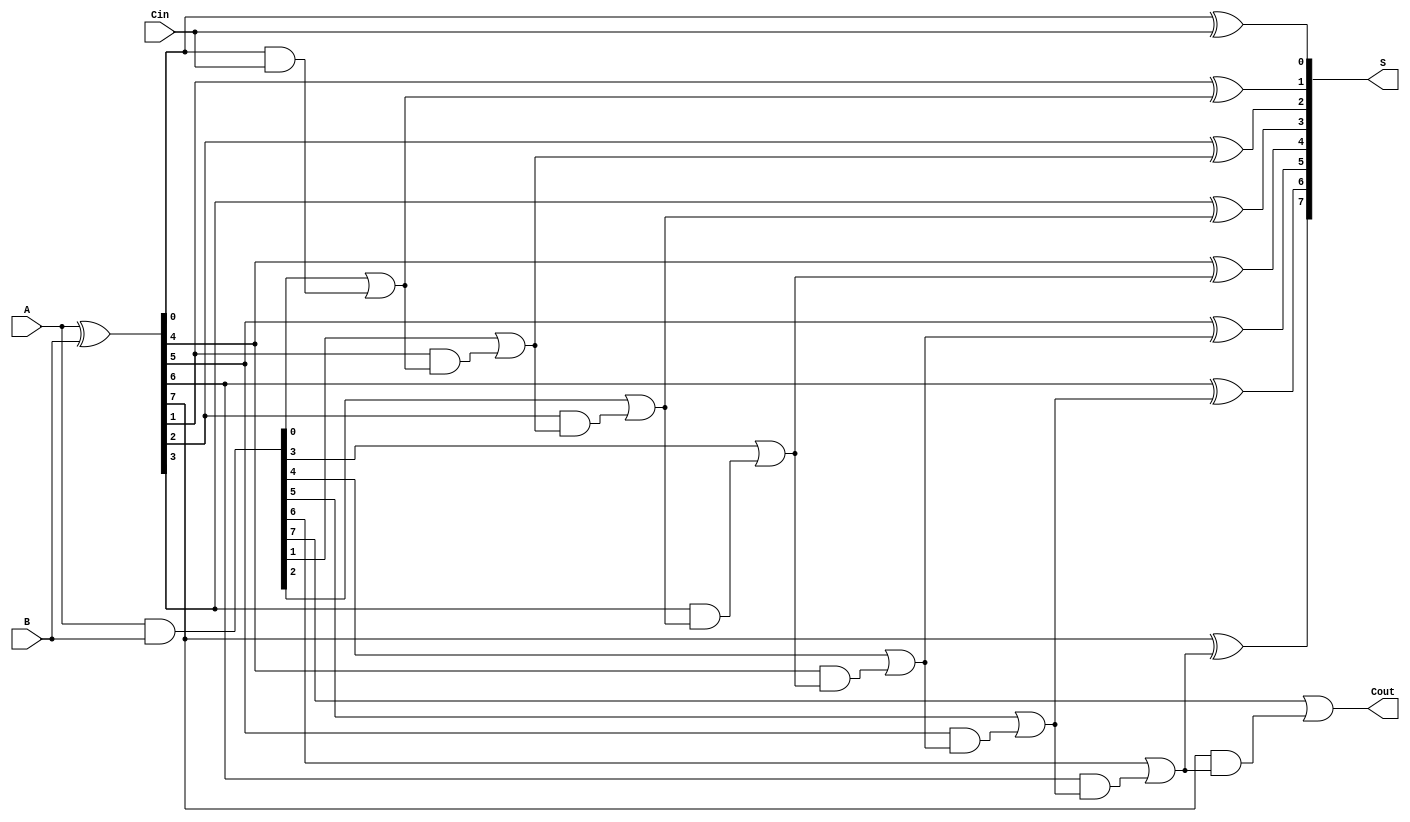
module Sklansky_Adder #(parameter n = 8) (
    input  [n-1:0] A,
    input  [n-1:0] B,
    input          Cin,
    output [n-1:0] S,
    output         Cout
);
    wire [n-1:0] G; // Generate signals
    wire [n-1:0] P; // Propagate signals
    wire [n-1:0] C; // Carry signals

    // Generate and Propagate signals
    assign G = A & B;
    assign P = A ^ B;
    
    // Level 1 Carry Generation
    assign C[0] = G[0] | (P[0] & Cin);
    genvar i;
    generate
        for (i = 1; i < n; i = i + 1) begin: carry_level1
            assign C[i] = G[i] | (P[i] & C[i-1]);
        end
    endgenerate

    // Additional hierarchical levels to compute higher-level carries
    wire [n/2-1:0] C1, C2;
    generate
        if (n > 1) begin
            // Level 2 carries (two bit pairs)
            for (i = 0; i < n/2; i = i + 1) begin: carry_level2
                assign C1[i] = G[2*i] | (P[2*i] & C[0]);
                if (2*i + 1 < n) begin
                    assign C1[i] = C1[i] | (P[2*i+1] & C[i]);
                end
            end
        end
    endgenerate

    generate
        // Continue the pattern for further levels if necessary...
        // This section can be expanded based on the depth of the carry tree
    endgenerate

    // Compute the final carry-out
    assign Cout = C[n-1];

    // Sum computation
    generate
        for (i = 0; i < n; i = i + 1) begin: sum_gen
            if (i == 0) begin
                assign S[i] = P[i] ^ Cin; // First sum bit
            end else begin
                assign S[i] = P[i] ^ C[i-1]; // Remaining sum bits
            end
        end
    endgenerate

endmodule